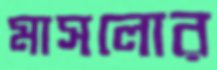
মাসলোর